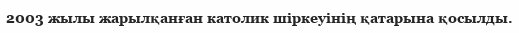
2003 жылы жарылқанған католик шіркеуінің қатарына қосылды.